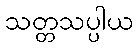
သတ္တသပ္ပါယ